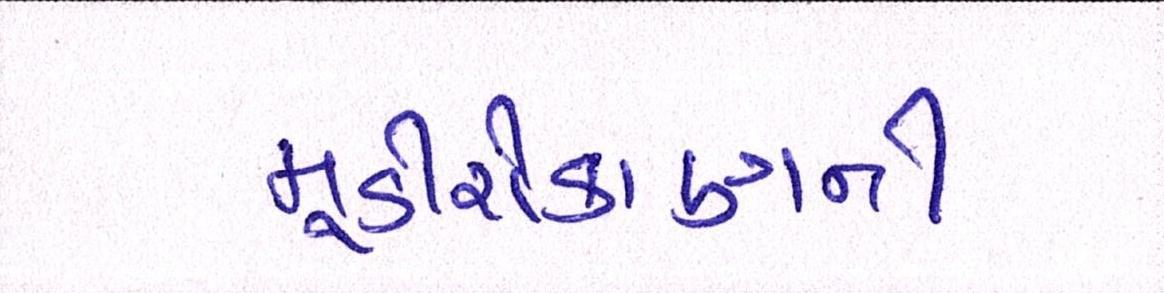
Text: મૂડીરોકાણની